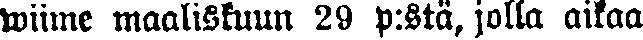
wiime maaliskuun 29 p:stä, jolla aikaa